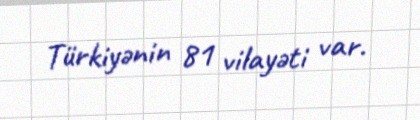
Türkiyənin 81 vilayəti var.